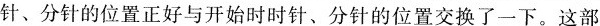
针、分针的位置正好与开始时时针、分针的位置交换了一下。这部